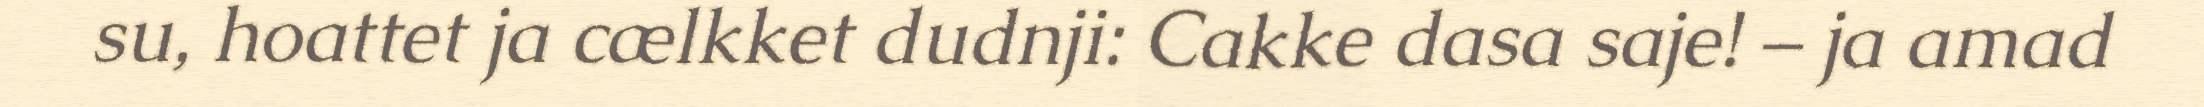
su, hoattet ja cælkket dudnji: Cakke dasa saje! – ja amad